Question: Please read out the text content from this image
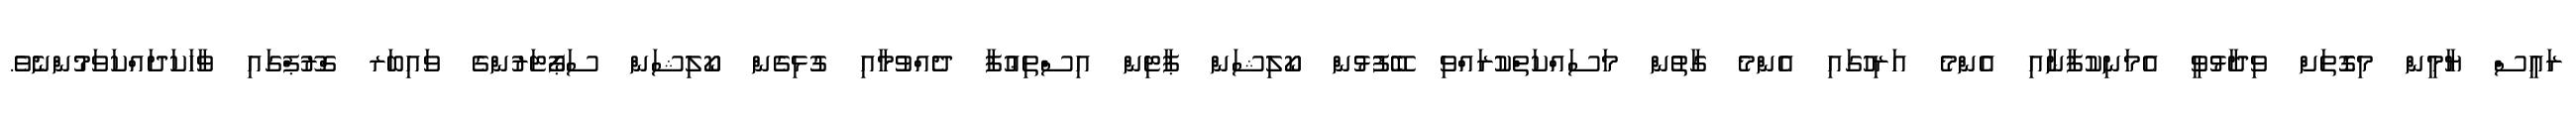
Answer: ރައީސް ޔާމީން މިގޮތަށް ވިދާޅުވީ އެމަނިކުފާނާއި އެންމެ އަރިހުގައި އެންމެ ގާތުން މަސައްކަތްކުރައްވި ބޭފުޅުން ކޯލިޝަން ޕާޓިން އިސްތިޢުފާ ދެއްވުމާއި ގުޅިގެން ކޯލިޝަން ސަޕޯޓަރުންގެ ވައިބަރ ގްރޫޕްގައި ވާހަކަދައްކަވަމުންނެވެ.